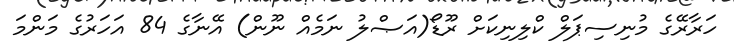
ހަރާރޭގެ މުނިސިޕަލް ކްލިނިކަށް ރޫޑޯ(އަޞްލު ނަމެއް ނޫން) އޭނާގެ 84 އަހަރުގެ މަންމަ